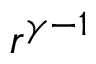
r ^ { \gamma - 1 }